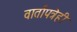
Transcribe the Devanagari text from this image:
वार्तापत्रेही